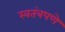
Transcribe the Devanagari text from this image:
स्‍वतंत्रपणे